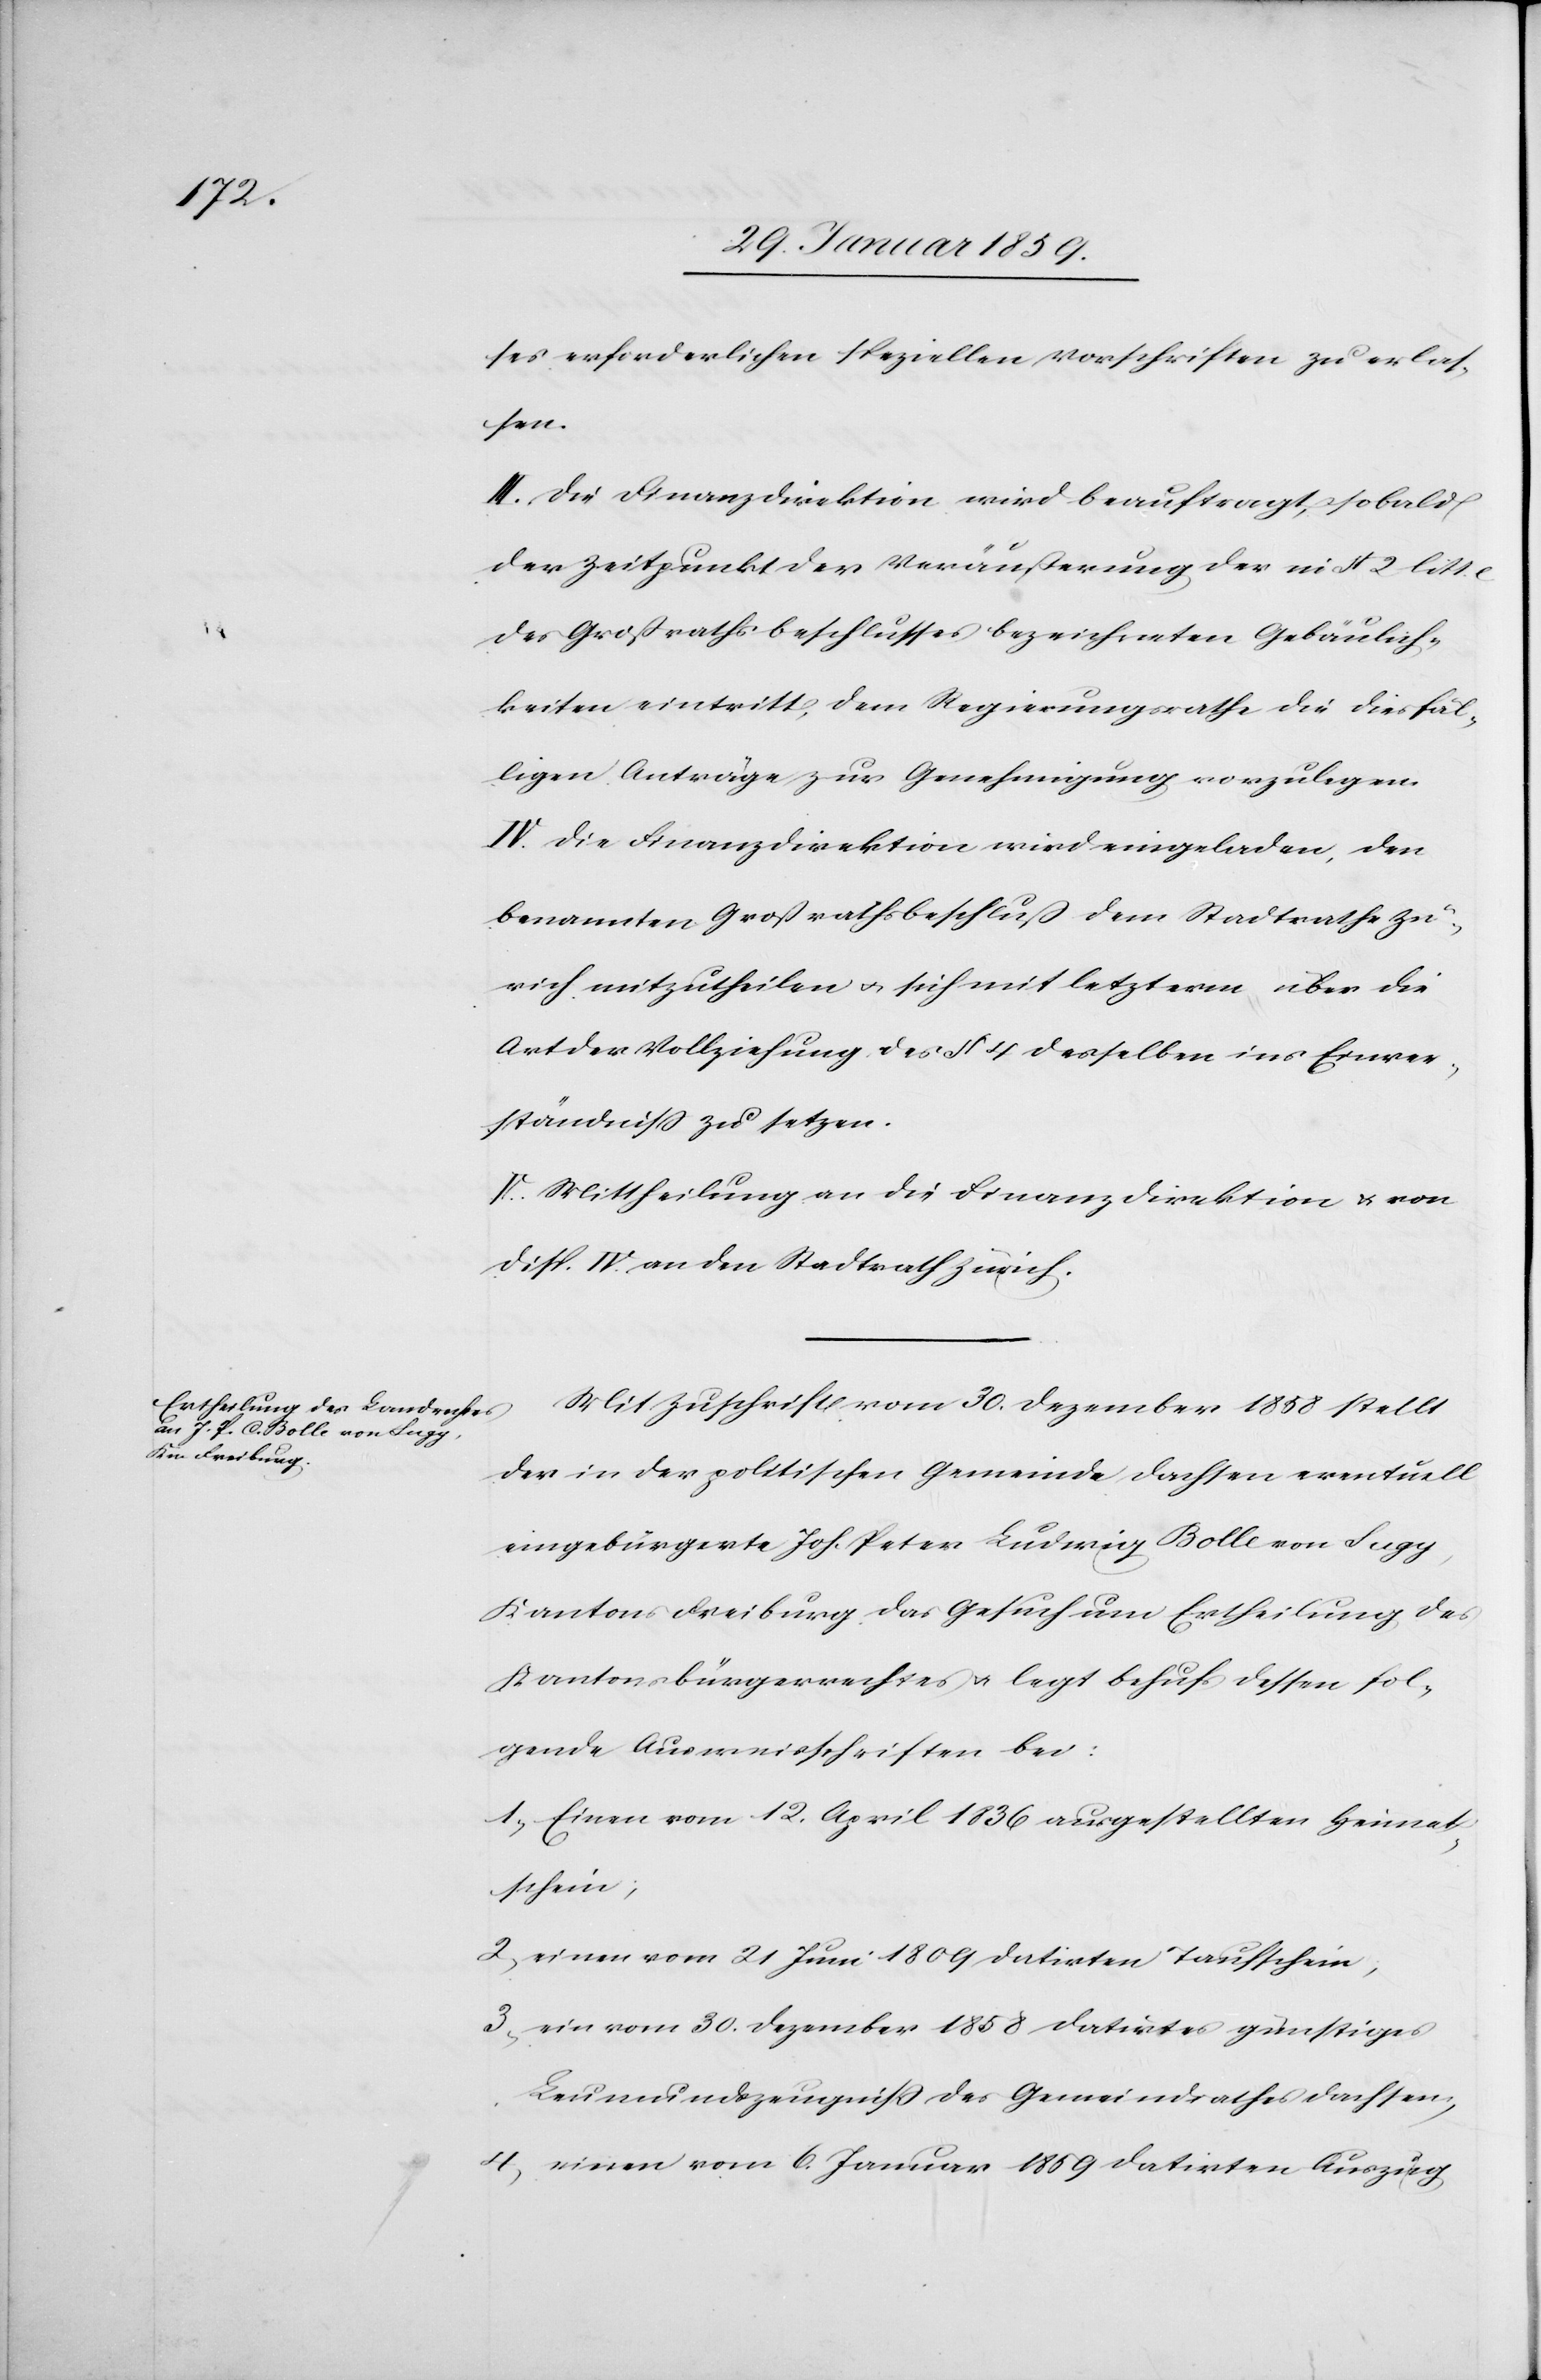
ses erforderlichen speziellen Vorschriften zu erlas¬
sen.
III. Die Finanzdirektion wird beauftragt, sobald
der Zeitpunkt der Veräußerung der in § 2 litt.
des Großrathsbeschlusses bezeichneten Gebäulich¬
keiten eintritt, dem Regierungsrath die diesfäl¬
ligen Anträge zur Genehmigung vorzulegen.
IV. Die Finanzdirektion wird eingeladen, den
benannten Großrathsbeschluß dem Stadtrathe Zü¬
rich mitzutheilen u. sich mit letzterm über die
Art der Vollziehung des § 4 desselben ins Einver¬
ständniß zu setzen.
V. Mittheilung an die Finanzdirektion u. von
Disp. IV an den Stadtrath Zürich.
Mit Zuschrift vom 30. Dezember 1858 stellt
der in der politischen Gemeinde Dachsen eventuell
eingebürgerte Joh. Peter Ludwig [sic!] Bolle von Sugy,
Kantons Freiburg das Gesuch um Ertheilung des
Kantonsbürgerrechtes u. legt behufs dessen fol¬
gende Ausweisschriften bei:
1, Einen vom 12. April 1836 ausgestellten Heimat¬
schein;
2, einen vom 21 Juni 1809 datirten Taufschein;
3, ein vom 30. Dezember 1858 datirtes günstiges
Leumundszeugniß des Gemeindrathes Dachsen;
4, einen vom 6. Januar 1859 datirten Auszug